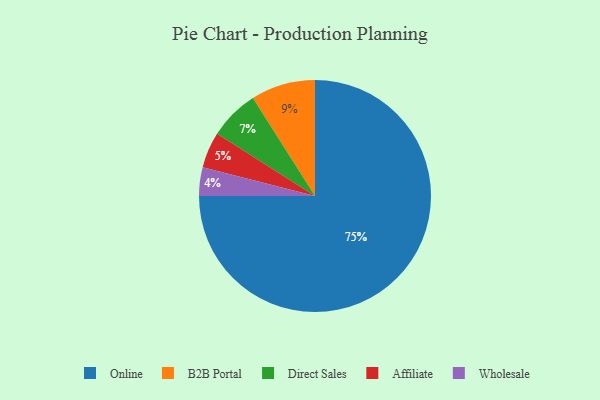
{"axis": {"x": "Category", "y": "Percentage"}, "legend": ["Affiliate", "B2B Portal", "Direct Sales", "Online", "Wholesale"], "data": [{"x": "Affiliate", "y": 5, "type": "Affiliate"}, {"x": "Wholesale", "y": 4, "type": "Wholesale"}, {"x": "B2B Portal", "y": 9, "type": "B2B Portal"}, {"x": "Direct Sales", "y": 7, "type": "Direct Sales"}, {"x": "Online", "y": 75, "type": "Online"}]}